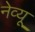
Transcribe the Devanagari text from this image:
नेव्यू